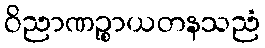
ဝိညာဏဉ္စာယတနသညံ